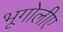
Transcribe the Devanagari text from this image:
भूगोलीए